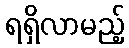
ရရှိလာမည့်